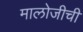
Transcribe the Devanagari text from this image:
मालोजीची